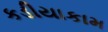
કડીયાકામ